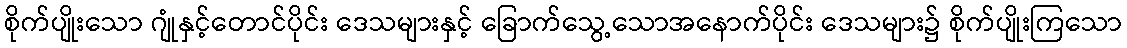
စိုက်ပျိုးသော ဂျုံနှင့်တောင်ပိုင်း ဒေသများနှင့် ခြောက်သွေ့သောအနောက်ပိုင်း ဒေသများ၌ စိုက်ပျိုးကြသော